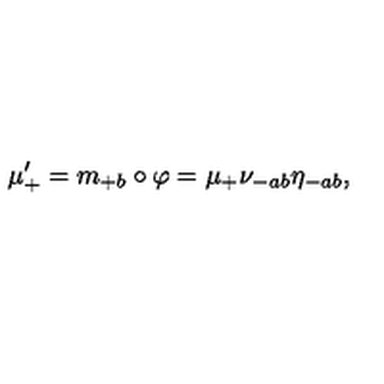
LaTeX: \mu _ { + } ^ { \prime } = m _ { + b } \circ \varphi = \mu _ { + } \nu _ { - a b } \eta _ { - a b } ,